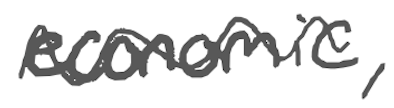
Text: economic,
Cross-out: wave
Writing tool: digital_gray